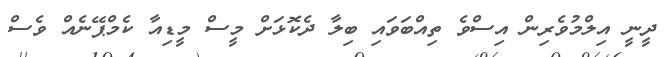
ދީނީ އިލްމުވެރިން އިސްވެ ތިއްބަވައި ބިލާ ދެކޮޅަށް މީސް މީޑިއާ ކެމްޕޭނެއް ވެސް